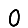
Digit: 0